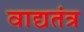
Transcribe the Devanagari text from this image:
वाद्यतंत्र